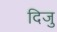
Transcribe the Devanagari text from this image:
दिजु